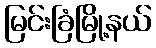
မြင်းခြံမြို့နယ်